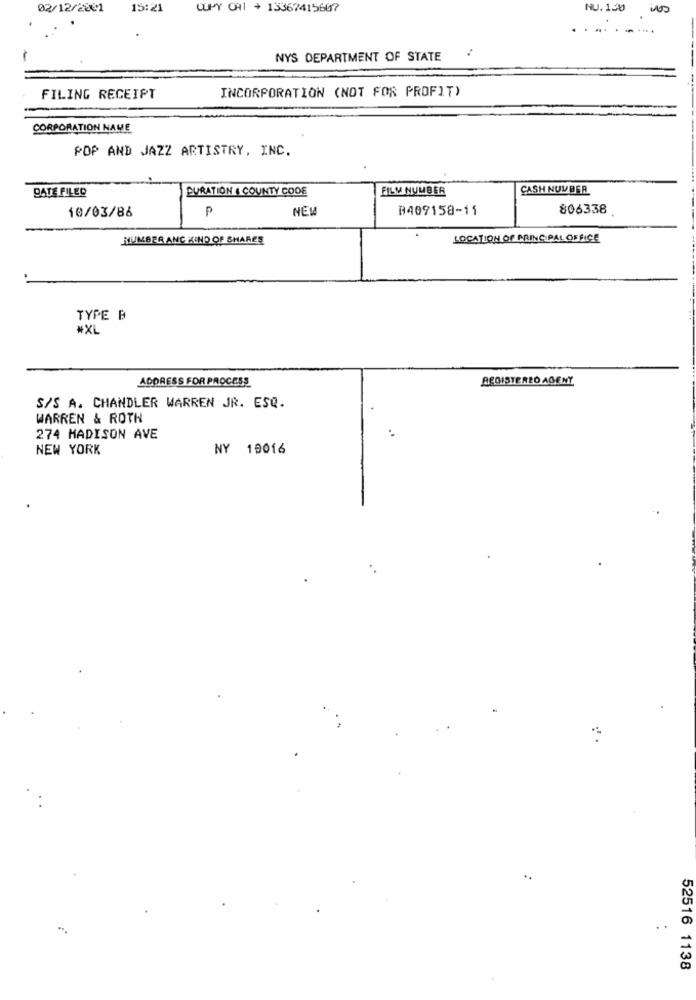
02/12/2001
15:21
CUPY 0A1 + 13367415607
NU. 130
.........
NYS DEPARTMENT OF STATE
INCORPORATION (NOT FOR PROFIT)
FILING RECEIPT
CORPORATION NAME
POP AND JAZZ ARTISTRY, INC.
DATE FILED
DURATION 4 COUNTY CODE
FILM NUMBER
CASH NUMBER
10/03/86
P
NEW
B409158-11
806338
HUMBER ANC KIND OF SHARES
LOCATION OF PRINCIPAL OFFICE
TYPE B
#XL
ADDRESS FOR PROCESS
ACGISTEREO AGENY
S/S A. CHANDLER WARREN JR. ESQ.
WARREN & ROTH
274 MADISON AVE
NEW YORK
NY 19016
..
52516 1138